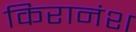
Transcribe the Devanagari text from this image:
किरानंश